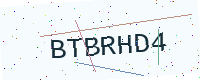
Text: BTBRHD4